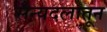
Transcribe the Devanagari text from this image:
सैन्यदलातून